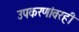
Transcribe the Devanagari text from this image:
उपकरणांवरही